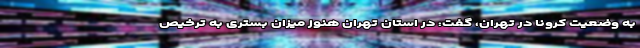
به وضعیت کرونا در تهران، گفت: در استان تهران هنوز میزان بستری به ترخیص